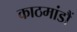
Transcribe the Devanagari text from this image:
काठमांडौं